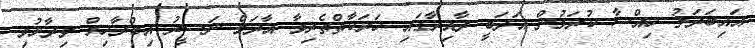
އައިބަދަލު ހިއްސާ ކުރަމުން އަދަބީ ދާއިރާގައި ހަރަކާތްތެރިވާ އާދަމް ނަސީރު އިބްރާހިމް ވިދާޅުވި